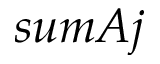
s u m A j